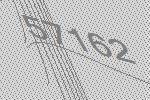
57162